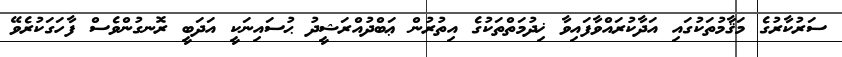
ސަރުކާރުގެ މަޤާމުތަކުގައި އަދާކުރައްވާފައިވާ ޚިދުމަތްތަކުގެ އިތުރުން ޢަބްދުއްރަޝީދު ޙުސައިނަކީ އަދަބީ ރޮނގުންވެސް ފާހަގަކުރެވޭ